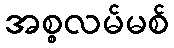
အစ္စလမ်မစ်